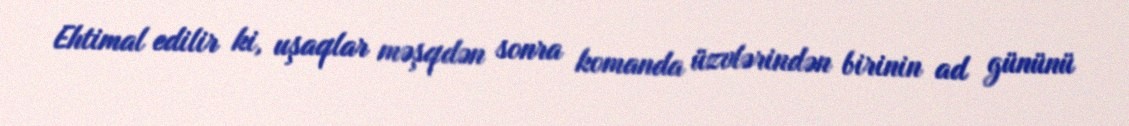
Ehtimal edilir ki, uşaqlar məşqdən sonra komanda üzvlərindən birinin ad gününü